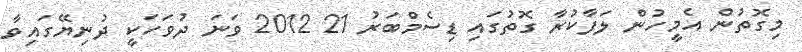
މިގޮތުން އެމީހުން ލަފާކުރާ ގޮތުގައި ޑިސެމްބަރު 21 2012 ވަނަ ދުވަހަކީ ދުނިޔޭގައިވާ